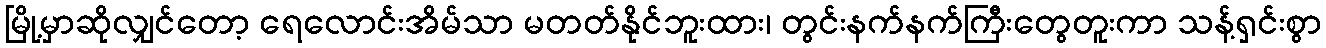
မြို့မှာဆိုလျှင်တော့ ရေလောင်းအိမ်သာ မတတ်နိုင်ဘူးထား၊ တွင်းနက်နက်ကြီးတွေတူးကာ သန့်ရှင်းစွာ